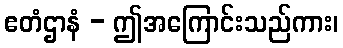
ဧတံဌာနံ - ဤအကြောင်းသည်ကား၊